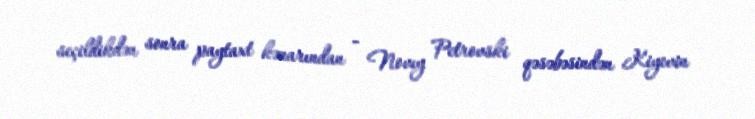
seçildikdən sonra paytaxt kənarından - Novıy Petrovski qəsəbəsindən Kiyevin